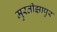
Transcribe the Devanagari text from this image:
मुरतीझापुर